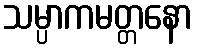
သမ္ပာကမတ္တနော